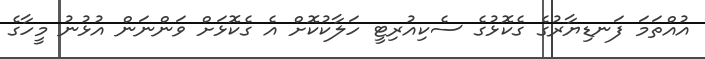
އުއްތަމަ ފަނޑިޔާރުގެ ގެކޮޅުގެ ސެކިއުރިޓީ ހަލާކުކޮށް އެ ގެކޮޅަށް ވަންނަން އުޅުނު މީހާގެ